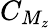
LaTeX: C_{M_{z}}